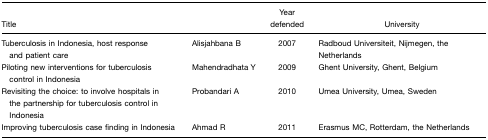
<table><thead><tr><td><b>Title</b></td><td></td><td><b>Year defended</b></td><td><b>University</b></td></tr></thead><tbody><tr><td>Tuberculosis in Indonesia, host response and patient care</td><td>Alisjahbana B</td><td>2007</td><td>Radboud Universiteit, Nijmegen, the Netherlands</td></tr><tr><td>Piloting new interventions for tuberculosis control in Indonesia</td><td>Mahendradhata Y</td><td>2009</td><td>Ghent University, Ghent, Belgium</td></tr><tr><td>Revisiting the choice: to involve hospitals in the partnership for tuberculosis control in Indonesia</td><td>Probandari A</td><td>2010</td><td>Umea University, Umea, Sweden</td></tr><tr><td>Improving tuberculosis case finding in Indonesia</td><td>Ahmad R</td><td>2011</td><td>Erasmus MC, Rotterdam, the Netherlands</td></tr></tbody></table>